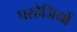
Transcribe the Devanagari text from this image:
परहेजियों